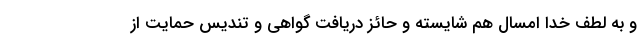
و به لطف خدا امسال هم شایسته و حائز دریافت گواهی و تندیس حمایت از